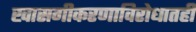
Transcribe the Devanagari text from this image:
खासगीकरणाविरोधातही